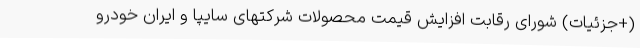
(+جزئیات) شورای رقابت افزایش قیمت محصولات شرکتهای سایپا و ایران خودرو